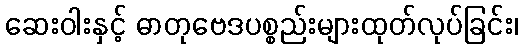
ဆေးဝါးနှင့် ဓာတုဗေဒပစ္စည်းများထုတ်လုပ်ခြင်း၊